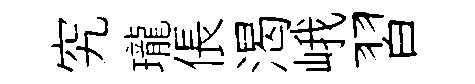
究瓏倀渴峨習